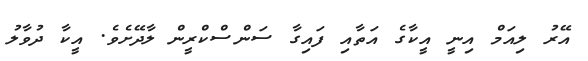
އޭރު ލިއަމް އިނީ އީކާގެ އަތާއި ފައިގާ ސަންސްކްރީން ލާދޭށެވެ. އީކާ ދުވާލު